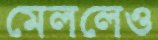
মেললেও